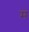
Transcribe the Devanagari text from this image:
म॓